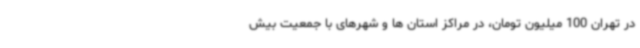
در تهران 100 میلیون تومان، در مراکز استان ها و شهرهای با جمعیت بیش